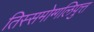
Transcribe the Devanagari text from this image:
तिस्समोग्गलिपुत्त